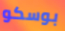
بوسكو